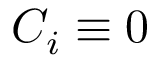
C _ { i } \equiv 0